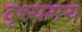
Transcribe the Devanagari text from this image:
दृश्यमय